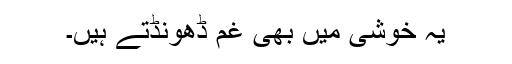
یہ خوشی میں بھی غم ڈھونڈتے ہیں۔